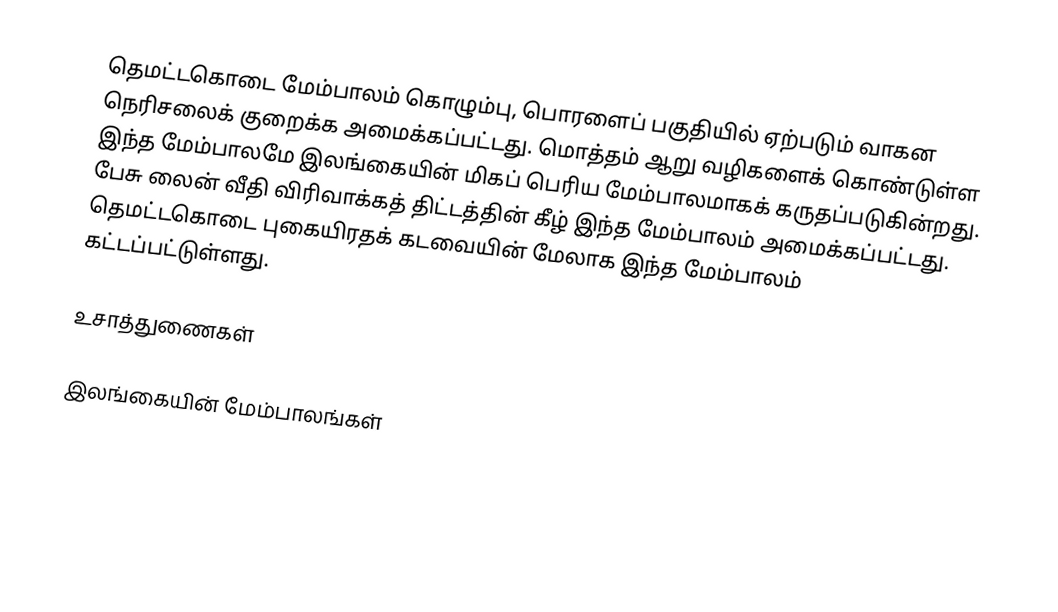
தெமட்டகொடை மேம்பாலம் கொழும்பு, பொரளைப் பகுதியில் ஏற்படும் வாகன நெரிசலைக் குறைக்க அமைக்கப்பட்டது. மொத்தம் ஆறு வழிகளைக் கொண்டுள்ள இந்த மேம்பாலமே இலங்கையின் மிகப் பெரிய மேம்பாலமாகக் கருதப்படுகின்றது. பேசு லைன் வீதி விரிவாக்கத் திட்டத்தின் கீழ் இந்த மேம்பாலம் அமைக்கப்பட்டது. தெமட்டகொடை புகையிரதக் கடவையின் மேலாக இந்த மேம்பாலம் கட்டப்பட்டுள்ளது.

உசாத்துணைகள்

இலங்கையின் மேம்பாலங்கள்